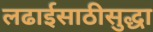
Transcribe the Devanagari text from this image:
लढाईसाठीसुद्धा